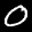
Label: 0